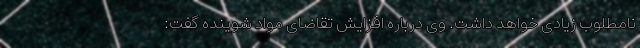
نامطلوب زیادی خواهد داشت. وی درباره افزایش تقاضای مواد شوینده گفت: